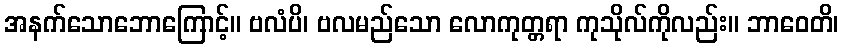
အနက်သောဘောကြောင့်။ ဗလံပိ၊ ဗလမည်သော လောကုတ္တရာ ကုသိုလ်ကိုလည်း။ ဘာဝေတိ၊